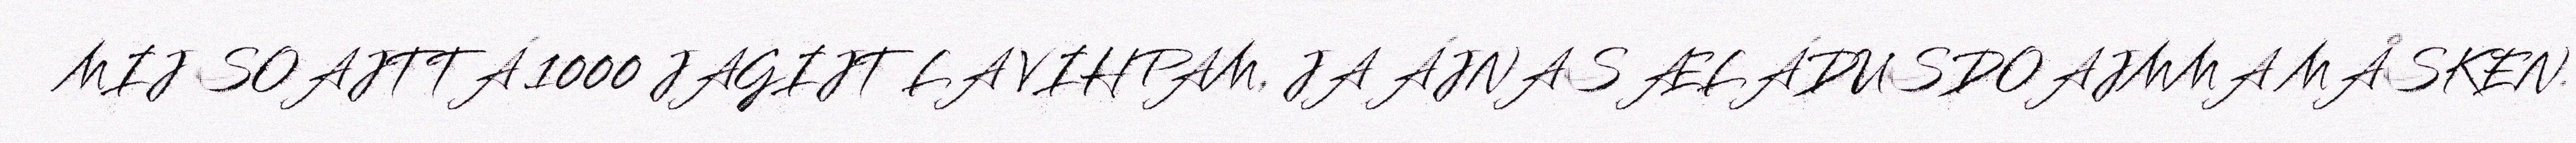
MIJ SOAJTTÁ 1000 JAGIJT LA VIHPAM, JA ÁJNAS ÆLÁDUSDOAJMMA MÅSKEN.